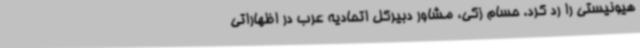
هیونیستی را رد کرد. حسام زکی، مشاور دبیرکل اتحادیه عرب در اظهاراتی